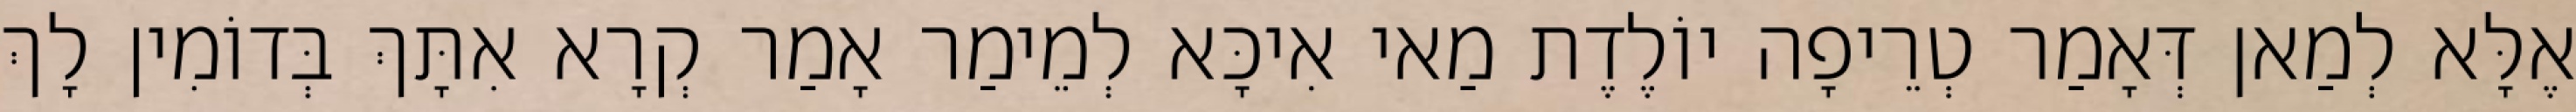
אֶלָּא לְמַאן דְּאָמַר טְרֵיפָה יוֹלֶדֶת מַאי אִיכָּא לְמֵימַר אָמַר קְרָא אִתָּךְ בְּדוֹמִין לָךְ